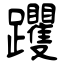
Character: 躩